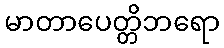
မာတာပေတ္တိဘရော